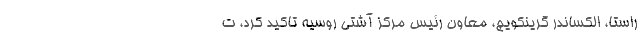
راستا، الکساندر گرینکویچ، معاون رئیس مرکز آشتی روسیه تاکید کرد، ت